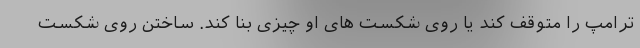
ترامپ را متوقف کند یا روی شکست های او چیزی بنا کند. ساختن روی شکست